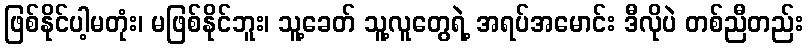
ဖြစ်နိုင်ပါ့မတုံး၊ မဖြစ်နိုင်ဘူး၊ သူ့ခေတ် သူ့လူတွေရဲ့ အရပ်အမောင်း ဒီလိုပဲ တစ်ညီတည်း